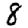
Digit: 8